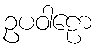
ဥပဝါဠော